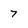
Character: 7